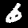
Label: 6